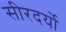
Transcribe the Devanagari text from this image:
सीरदर्यो